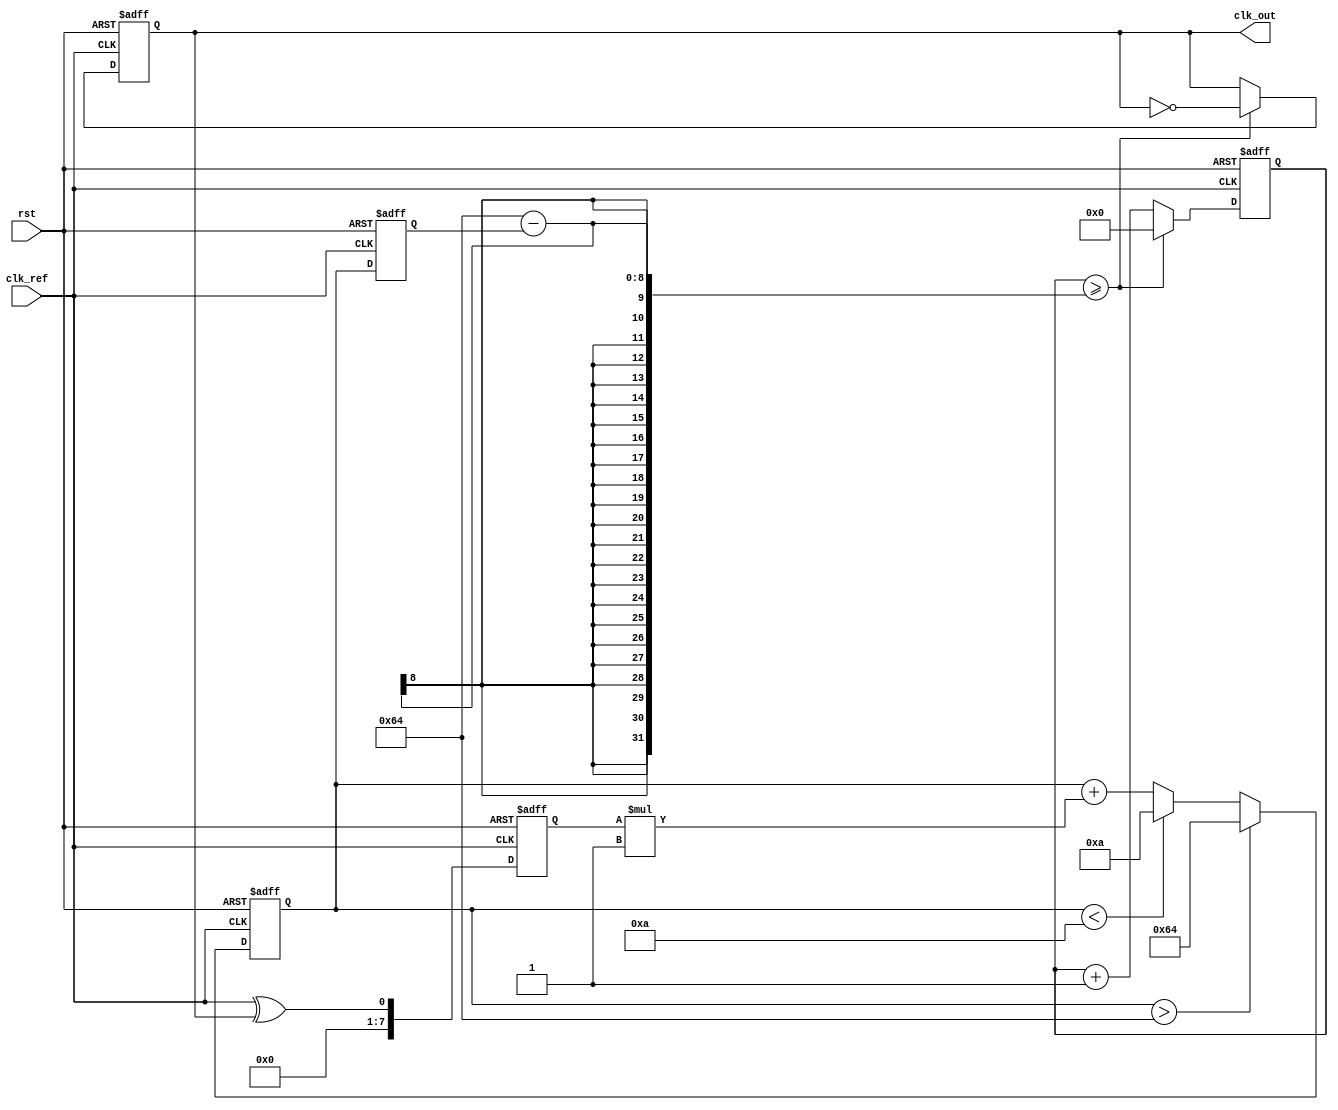
module PLL (
    input wire clk_ref,          // Reference clock input
    input wire rst,              // Reset signal
    output reg clk_out           // Output clock
);

// Parameters
parameter VCO_MAX_FREQ = 100;  // Maximum frequency for VCO
parameter VCO_MIN_FREQ = 10;    // Minimum frequency for VCO
parameter LOOP_FILTER_GAIN = 1; // Gain for loop filter

// Internal signals
reg [7:0] phase_error;          // Phase error signal
reg [7:0] control_voltage;       // Control voltage for VCO
reg [7:0] vco_frequency;         // Current frequency of VCO
reg [31:0] counter;              // Counter for clock generation

// Phase Detector (PD)
always @(posedge clk_ref or posedge rst) begin
    if (rst) begin
        phase_error <= 0;
    end else begin
        // Simple phase detector: XOR between reference clock and output clock
        phase_error <= (clk_ref ^ clk_out);
    end
end

// Loop Filter
always @(posedge clk_ref or posedge rst) begin
    if (rst) begin
        control_voltage <= 0;
    end else begin
        // Simple loop filter: Integrate phase error
        control_voltage <= control_voltage + (phase_error * LOOP_FILTER_GAIN);
        // Clamp control voltage to VCO frequency range
        if (control_voltage > VCO_MAX_FREQ) begin
            control_voltage <= VCO_MAX_FREQ;
        end else if (control_voltage < VCO_MIN_FREQ) begin
            control_voltage <= VCO_MIN_FREQ;
        end
    end
end

// Voltage-Controlled Oscillator (VCO)
always @(posedge clk_ref or posedge rst) begin
    if (rst) begin
        vco_frequency <= VCO_MIN_FREQ; // Start at minimum frequency
        clk_out <= 0;
        counter <= 0;
    end else begin
        // Adjust VCO frequency based on control voltage
        vco_frequency <= control_voltage;

        // Generate output clock based on VCO frequency
        counter <= counter + 1;
        if (counter >= (100 - vco_frequency)) begin // Adjust counter threshold based on frequency
            clk_out <= ~clk_out; // Toggle output clock
            counter <= 0;
        end
    end
end

endmodule